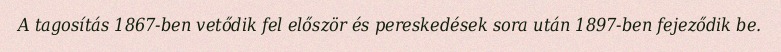
A tagosítás 1867-ben vetődik fel először és pereskedések sora után 1897-ben fejeződik be.